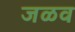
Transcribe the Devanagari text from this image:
जळव